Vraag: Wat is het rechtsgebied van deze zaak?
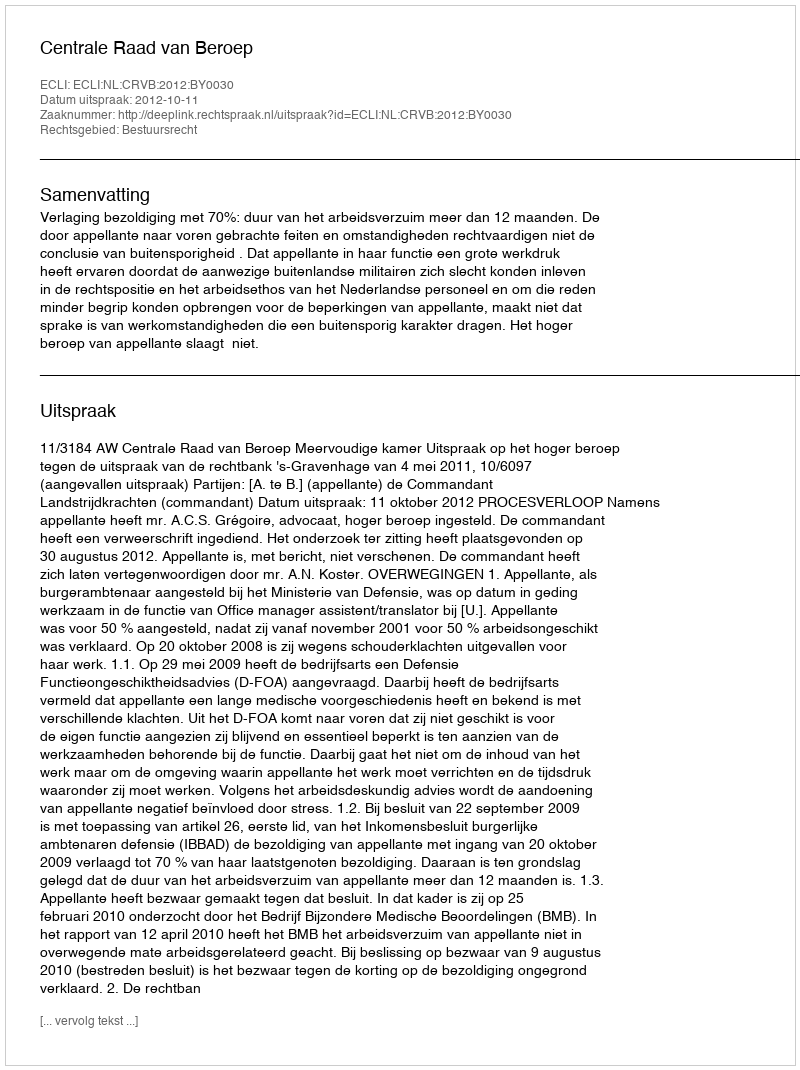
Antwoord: Bestuursrecht